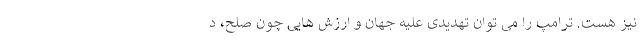
نیز هست. ترامپ را می توان تهدیدی علیه جهان و ارزش هایی چون صلح، د